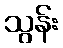
သွန်း